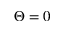
\Theta = 0